Report of an investigation into the causes of malaria in Bombay and the measures necessary for its control
Disease focus: Malaria
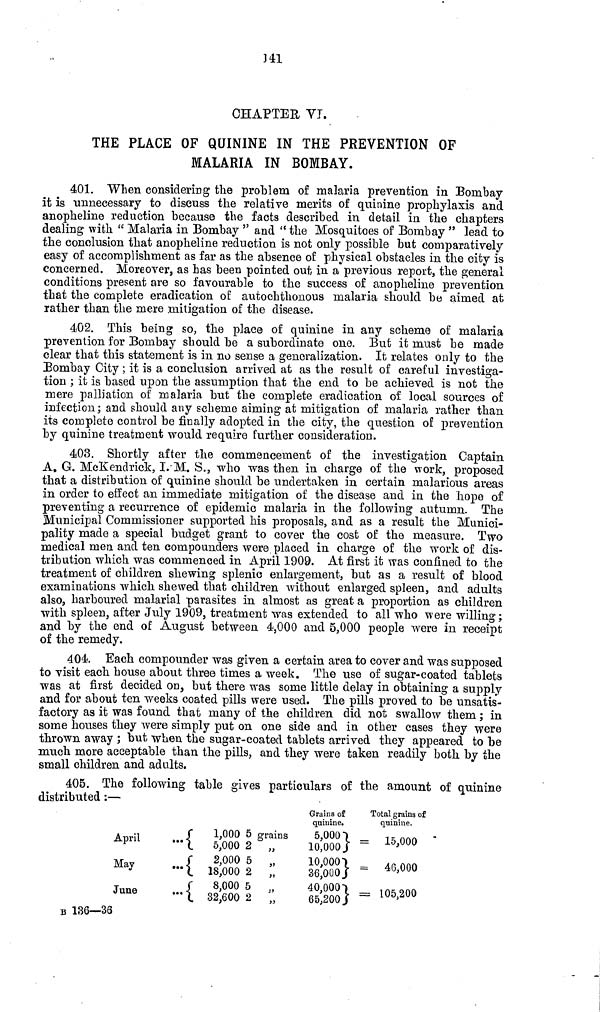
141
CHAPTER VI.
THE PLACE OF QUININE IN THE PREVENTION OF
MALARIA IN BOMBAY.
401. When considering the problem of malaria prevention in Bombay-
it is unnecessary to discuss the relative merits of quinine prophylaxis and
anopheline reduction because the facts described in detail in the chapters
dealing with " Malaria in Bombay " and " the Mosquitoes of Bombay " lead to
the conclusion that anopheline reduction is not only possible but comparatively
easy of accomplishment as far as the absence of physical obstacles in the city is
concerned. Moreover, as has been pointed out in a previous report, the general
conditions present are so favourable to the success of anopheline prevention
that the complete eradication of autochthonous malaria should be aimed at
rather than the mere mitigation of the disease.
402. This being so, the place of quinine in any scheme of malaria
prevention for Bombay should be a subordinate one. But it must be made
clear that this statement is in no sense a generalization. It relates only to the
Bombay City ; it is a conclusion arrived at as the result of careful investiga-
tion ; it is based upon the assumption that the end to be achieved is not the
mere palliation of malaria but the complete eradication of local sources of
infection; and should any scheme aiming at mitigation of malaria rather than
its complete control be finally adopted in the city, the question of prevention
by quinine treatment would require further consideration.
403. Shortly after the commencement of the investigation Captain
A, G. MeKendrick, I. M. S., who was then in charge of the work, proposed
that a distribution of quinine should be undertaken in certain malarious areas
in order to effect an immediate mitigation of the disease and in the hope of
preventing a recurrence of epidemic malaria in the following autumn. The
Municipal Commissioner supported his proposals, and as a result the Munici-
pality made a special budget grant to cover the cost of the measure. Two
medical men and ten compounders were placed in charge of the work of dis-
tribution which was commenced in April 1909. At first it was confined to the
treatment of children shewing splenic enlargement, but as a result of blood
examinations which shewed that children without enlarged spleen, and adults
also, harboured malarial parasites in almost as great a proportion as children
with spleen, after July 1909, treatment was extended to all who were willing;
and by the end of August between 4,000 and 5,000 people were in receipt
of the remedy.
404. Each compounder was given a certain area to cover and was supposed
to visit each house about three times a week. The use of sugar-coated tablets
was at first decided on, but there was some little delay in obtaining a supply
and for about ten weeks coated pills were used. The pills proved to be unsatis-
factory as it was found that many of the children did not swallow them; in
some houses they were simply put on one side and in other cases they were
thrown away ; but when the sugar-coated tablets arrived they appeared to be
much more acceptable than the pills, and they were taken readily both by the
small children and adults.
405. The following table gives particulars of the amount of quinine
distributed :—
April
May
June
...{
1,000
5,000
2,000
18,000
8,000
32,600
5 grains
2 „
5 „
2 „
Grains of
quinine.
5,000"
10,000
10,000
36,000
40,000
65,200
Total grains of
quinine.
=
15,000
=
40,000
= 105,200
B 136—36